Civil Veterinary Dept. Bombay admin report 1932-41 - 1932-1941
Year: 1932
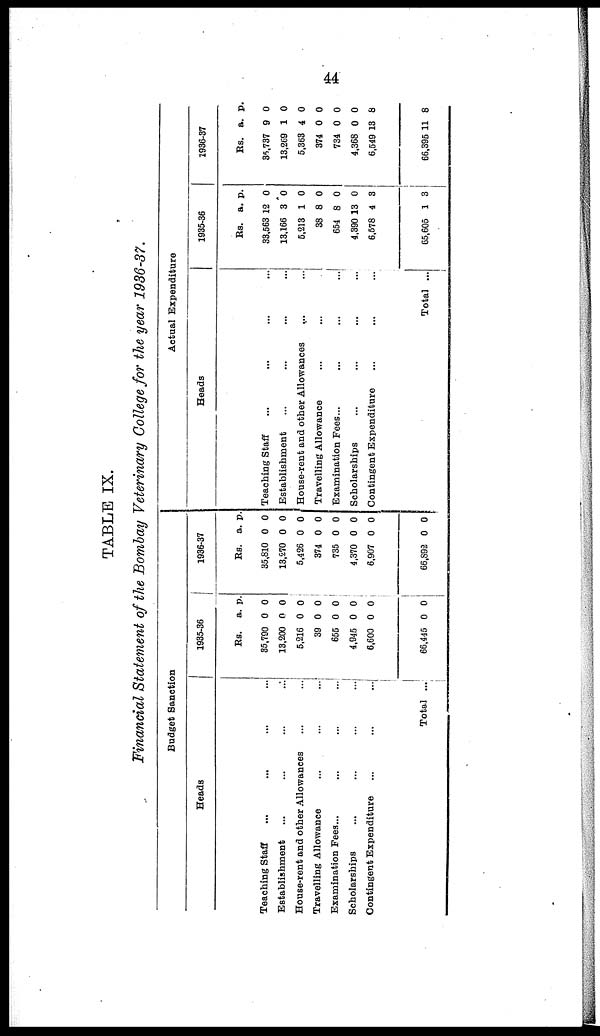
44
TABLE IX.
Financial Statement of the Bombay Veterinary College for the year 1936-37.
Budget Sanction
Heads
Teaching Staff ... ... ... ... ... ...
Establishment ... ... ... ... ... ...
House-rent and other Allowances ... ... ... ...
Travelling Allowance ... ... ... ... ...
Examination Pees... ... ... ... ... ...
Scholarships ... ... ... ... ... ...
Contingent Expenditure
... ... ...
Total ...
1935-36
Rs.
35,790
13,200
5,216
39
655
4,945
6,600
66,445
a.
0
0
0
0
0
0
0
0
p.
0
0
0
0
0
0
0
0
1936-37
Rs.
35,810
13,270
5,426
374
735
4,370
6,907
66,892
a.
0
0
0
0
0
0
0
0
p.
0
0
0
0
0
0
0
0
Actual Expenditure
Heads
Teaching Staff ... ... ... ...
Establishment ... ... ... ...
House-rent and other Allowances ... ...
Travelling Allowance ... ... ...
Examination Fees... ... ... ...
Scholarships ... ... ... ...
Contingent Expenditure ... ... ...
Total ...
1935-36
Rs.
33,563
13,166
5,213
38
654
4,390
6,578
65,605
a.
12
3
1
8
8
13
4
1
p.
0
0
0
0
0
0
3
3
1936-37
Rs.
35,737
13,269
5,363
374
734
4,368
6,549
66,395
a.
9
1
4
0
0
0
13
11
p.
0
0
0
0
0
0
8
8